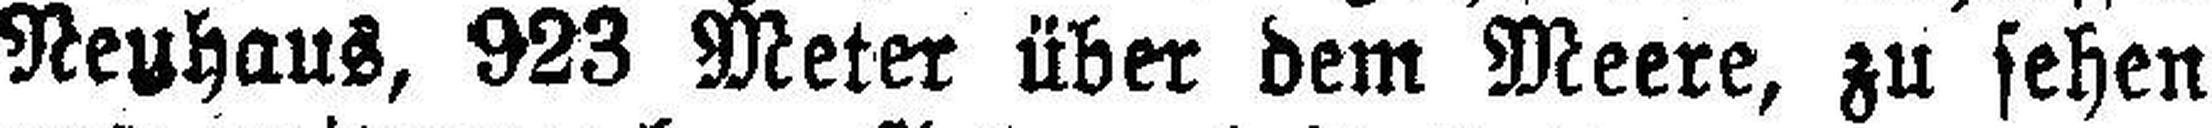
Neuhaus, 923 Meter über dem Meere, zu sehen